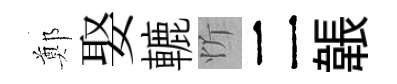
鄭娶轆忻二韔